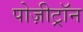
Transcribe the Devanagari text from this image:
पोज़ीट्रॉन